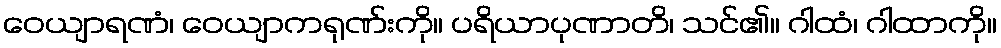
ဝေယျာရဏံ၊ ဝေယျာကရုဏ်းကို။ ပရိယာပုဏာတိ၊ သင်၏။ ဂါထံ၊ ဂါထာကို။